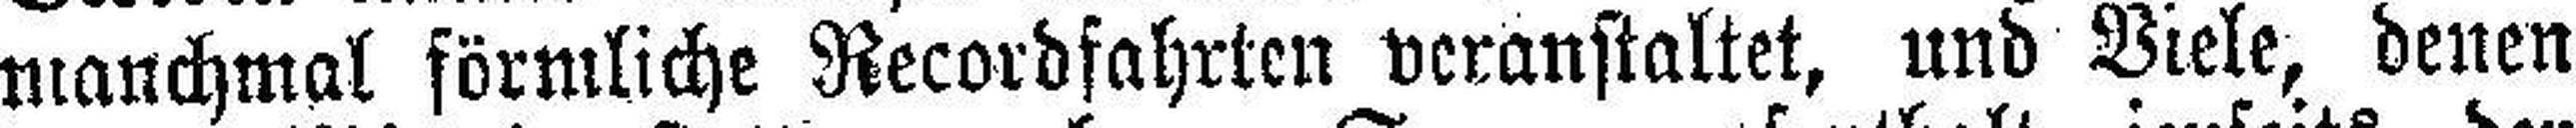
manchmal förmliche Recordfahrten veranstaltet, und Viele, denen